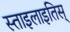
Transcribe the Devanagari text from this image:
स्ताइलाइतिस्